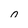
Character: 0